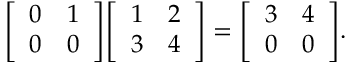
{ \left[ \begin{array} { l l } { 0 } & { 1 } \\ { 0 } & { 0 } \end{array} \right] } { \left[ \begin{array} { l l } { 1 } & { 2 } \\ { 3 } & { 4 } \end{array} \right] } = { \left[ \begin{array} { l l } { 3 } & { 4 } \\ { 0 } & { 0 } \end{array} \right] } .